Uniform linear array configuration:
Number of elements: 12
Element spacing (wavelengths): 0.5
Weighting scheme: kaiser
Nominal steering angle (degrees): -15
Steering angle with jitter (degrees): -14.157
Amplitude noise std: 0.05
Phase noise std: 0.05

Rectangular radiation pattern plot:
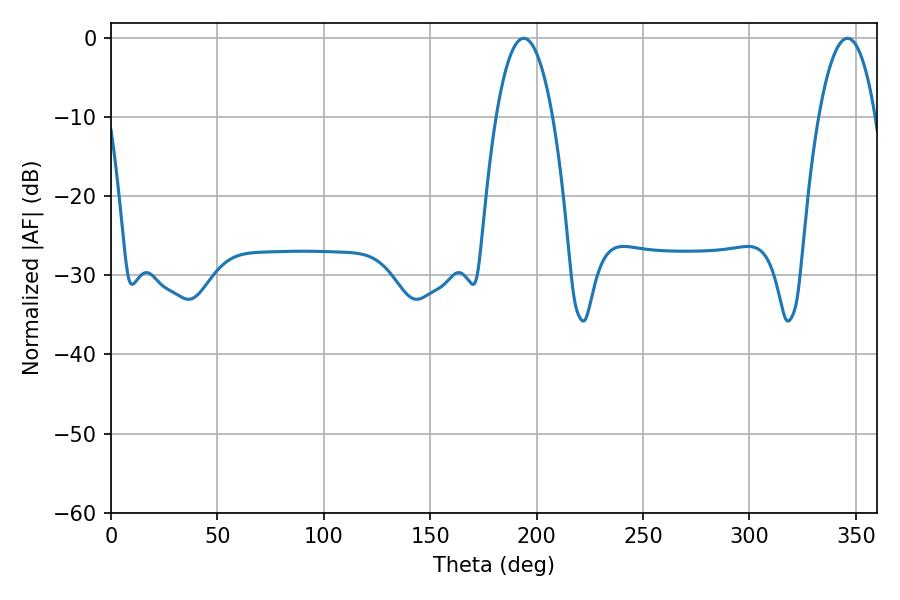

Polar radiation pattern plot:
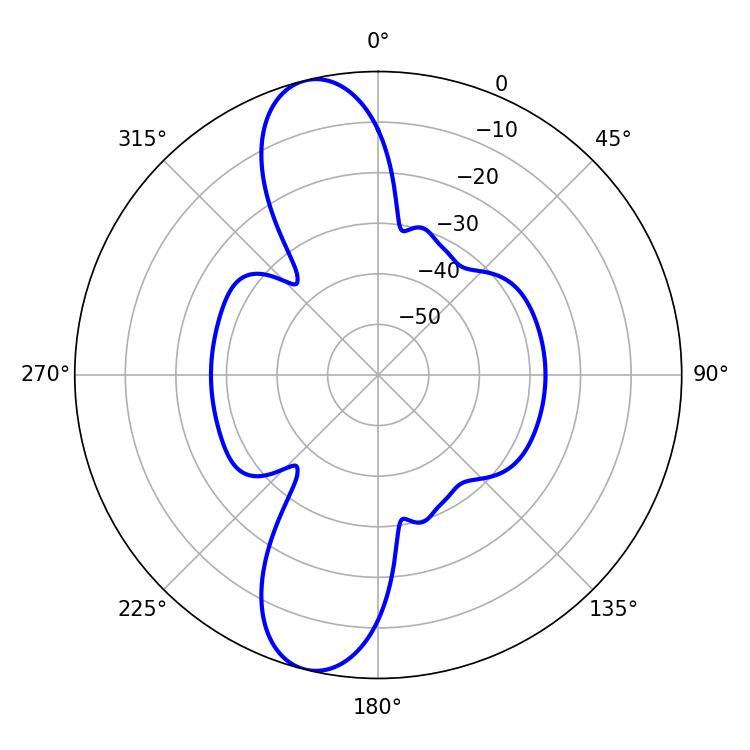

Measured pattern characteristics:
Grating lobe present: FALSE
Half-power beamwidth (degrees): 14.76
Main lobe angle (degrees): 193.86